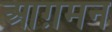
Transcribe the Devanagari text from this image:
आग़मन